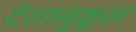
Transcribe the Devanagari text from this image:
देशानुकूल